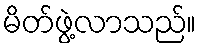
မိတ်ဖွဲ့လာသည်။